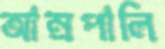
আম্রপালি